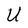
Character: U